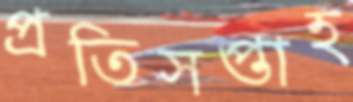
প্রতিসপ্তাহ